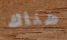
هناك